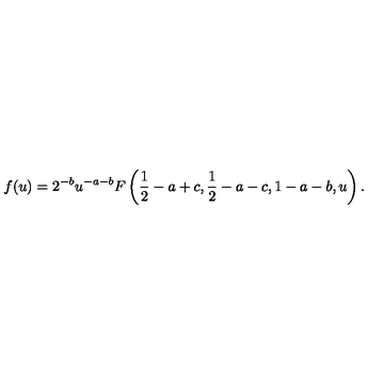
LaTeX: f ( u ) = 2 ^ { - b } u ^ { - a - b } F \left( { \frac { 1 } { 2 } } - a + c , { \frac { 1 } { 2 } } - a - c , 1 - a - b , u \right) .